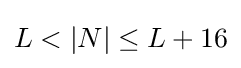
L<|N|\leq L+16